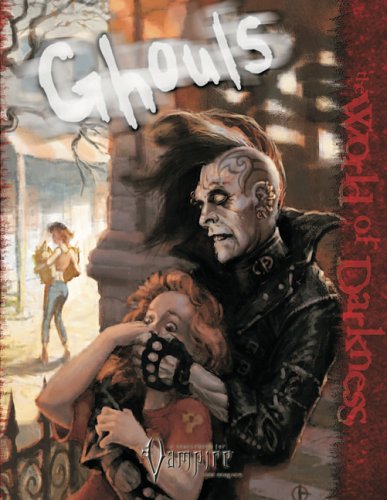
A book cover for Ghouls (Vampire The Requiem - World Of Darkness - WOD); Chuck Wendig; Science Fiction & Fantasy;